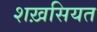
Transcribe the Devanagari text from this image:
शख़सियत